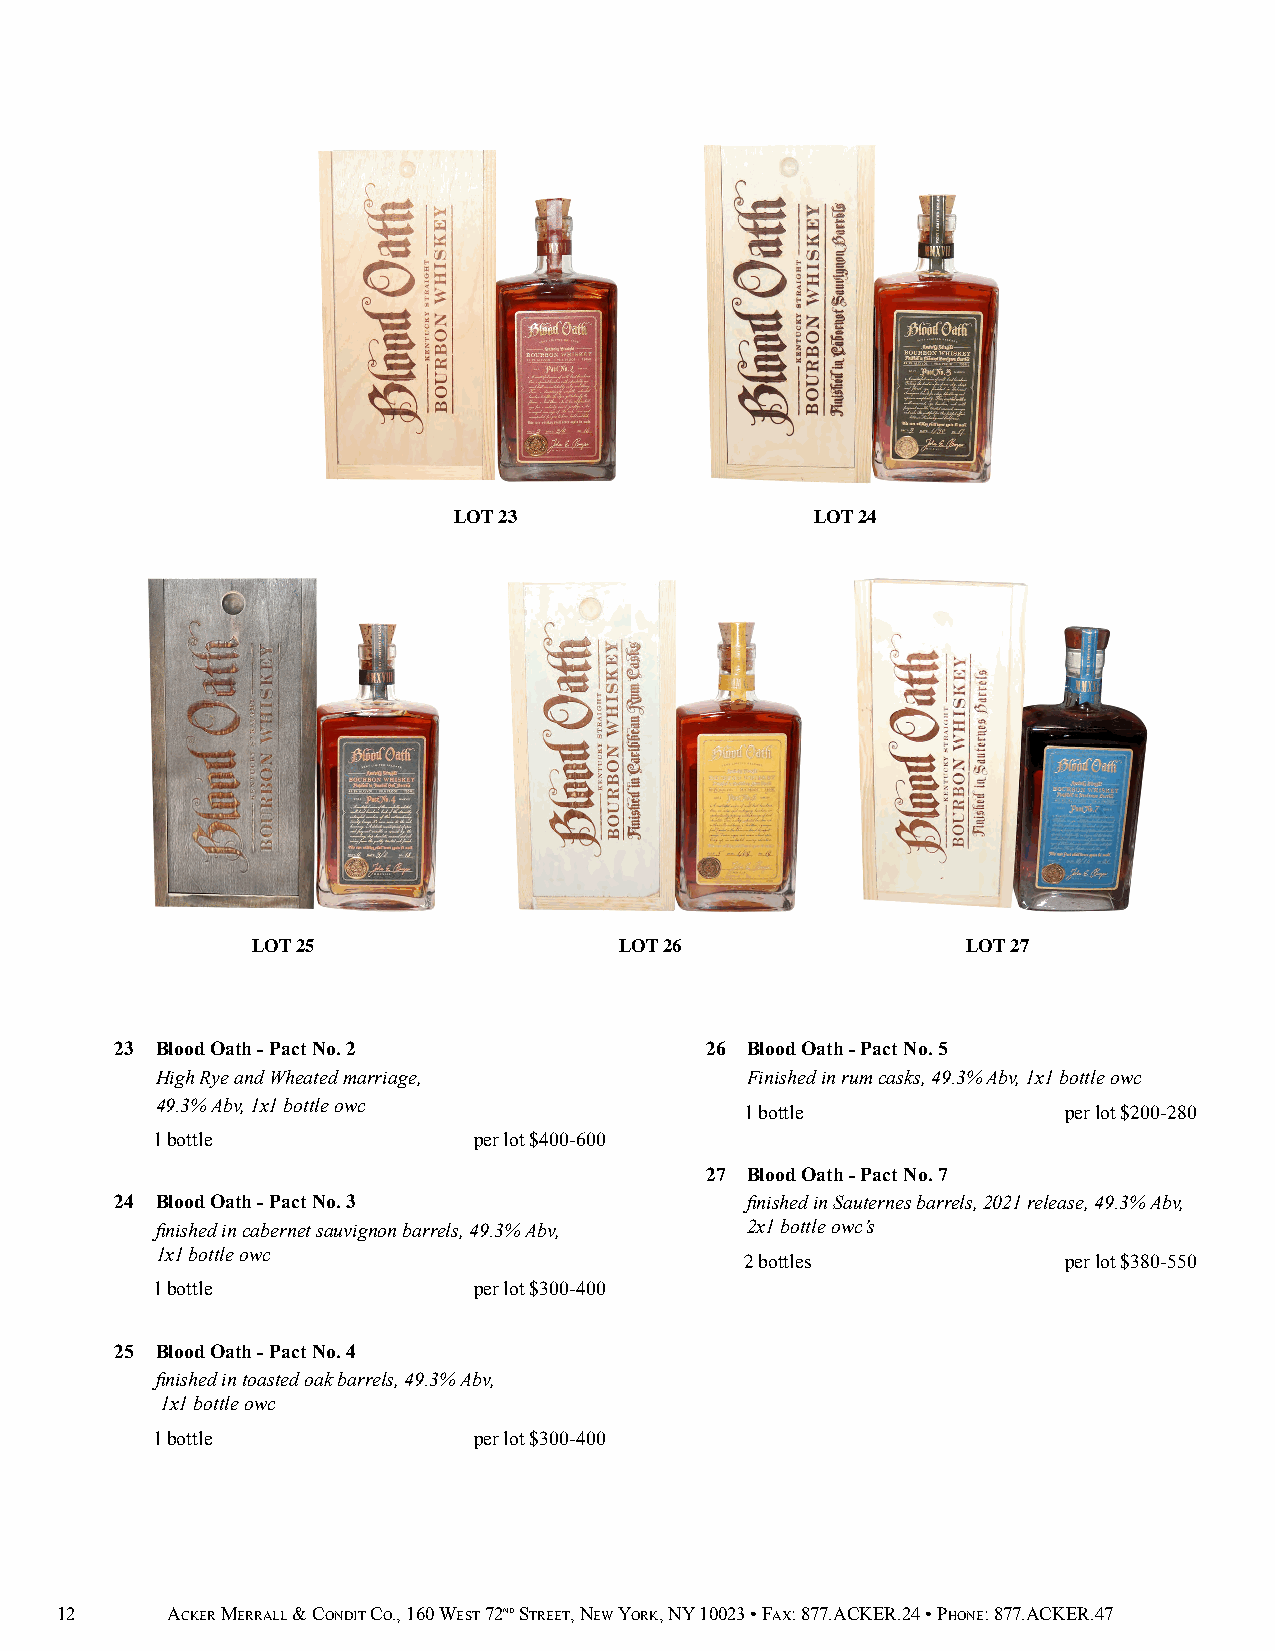
LOT 23                  LOT 24
 LOT 25                  LOT 26                 LOT 27
 23 Blood Oath - Pact No. 2             26 Blood Oath - Pact No. 5
 High Rye and Wheated marriage,         Finished in rum casks, 49.3% Abv, 1x1 bottle owc
 49.3% Abv, 1x1 bottle owc
 1 bottle              per lot $200-280
 1 bottle             per lot $400-600
 27 Blood Oath - Pact No. 7
 24 Blood Oath - Pact No. 3               finished in Sauternes barrels, 2021 release, 49.3% Abv,
 finished in cabernet sauvignon barrels, 49.3% Abv, 2x1 bottle owc’s
 1x1 bottle owc
 2 bottles             per lot $380-550
 1 bottle             per lot $300-400
 25 Blood Oath - Pact No. 4
 finished in toasted oak barrels, 49.3% Abv,
 1x1 bottle owc
 1 bottle             per lot $300-400
 12     ACKER MERRALL & CONDIT CO., 160 WEST 72ND STREET, NEW YORK, NY 10023 • FAX: 877.ACKER.24 • PHONE: 877.ACKER.47